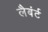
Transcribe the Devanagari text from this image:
लैबंर्ट